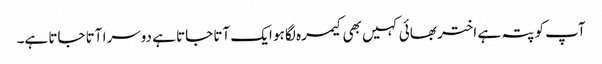
آپ کو پتہ ہے اختر بھائی کہیں بھی کیمرہ لگا ہو ایک آتا جاتا ہے دوسرا آتا جاتا ہے۔